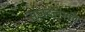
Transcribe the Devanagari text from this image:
सूजदलस्की